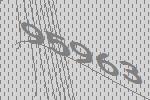
95963